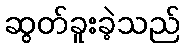
ဆွတ်ခူးခဲ့သည်